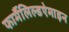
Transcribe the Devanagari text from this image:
फार्मैलिल्डऐमाइन